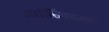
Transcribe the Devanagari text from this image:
असोसिएशनशी